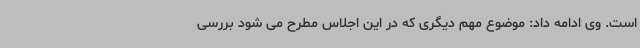
است. وی ادامه داد: موضوع مهم دیگری که در این اجلاس مطرح می شود بررسی